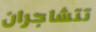
تتشاجران